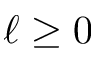
\ell \geq 0